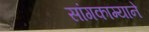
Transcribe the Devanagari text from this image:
सांगकाम्याने